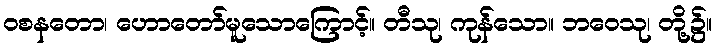
ဝစနတော၊ ဟောတော်မူသောကြောင့်။ တီသု၊ ကုန်သော။ ဘဝေသု၊ တို့၌။